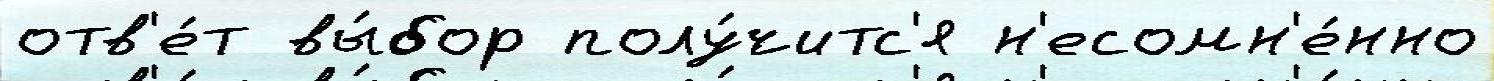
отв'е́т вы́бор полу́читс'я н'есомн'е́нно